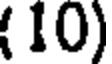
(10)